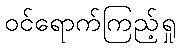
ဝင်ရောက်ကြည့်ရှု